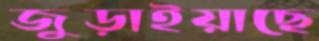
জুড়াইয়াছে